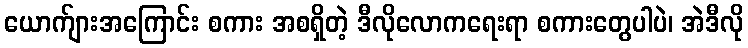
ယောက်ျားအကြောင်း စကား အစရှိတဲ့ ဒီလိုလောကရေးရာ စကားတွေပါပဲ၊ အဲဒီလို